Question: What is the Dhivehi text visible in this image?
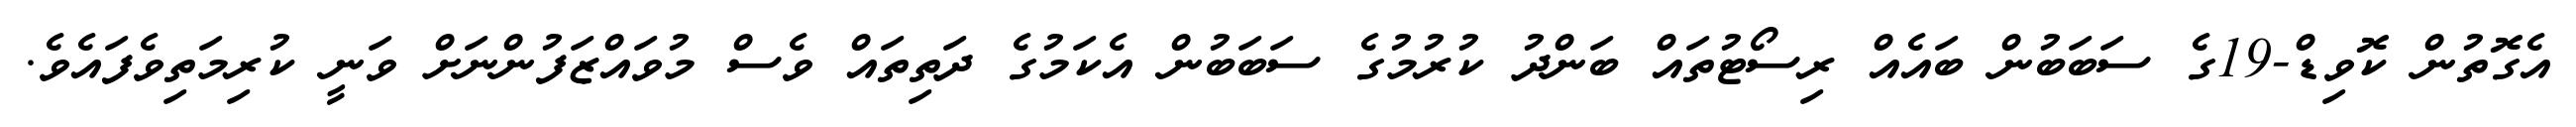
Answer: އެގޮތުން ކޮވިޑް-19ގެ ސަބަބުން ބައެއް ރިސޯޓުތައް ބަންދު ކުރުމުގެ ސަބަބުން އެކަމުގެ ދަތިތައް ވެސް މުވައްޒަފުންނަށް ވަނީ ކުރިމަތިވެފައެވެ.